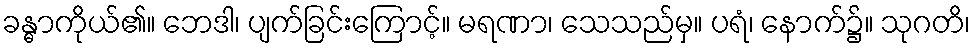
ခန္ဓာကိုယ်၏။ ဘေဒါ၊ ပျက်ခြင်းကြောင့်။ မရဏာ၊ သေသည်မှ။ ပရံ၊ နောက်၌။ သုဂတိ၊